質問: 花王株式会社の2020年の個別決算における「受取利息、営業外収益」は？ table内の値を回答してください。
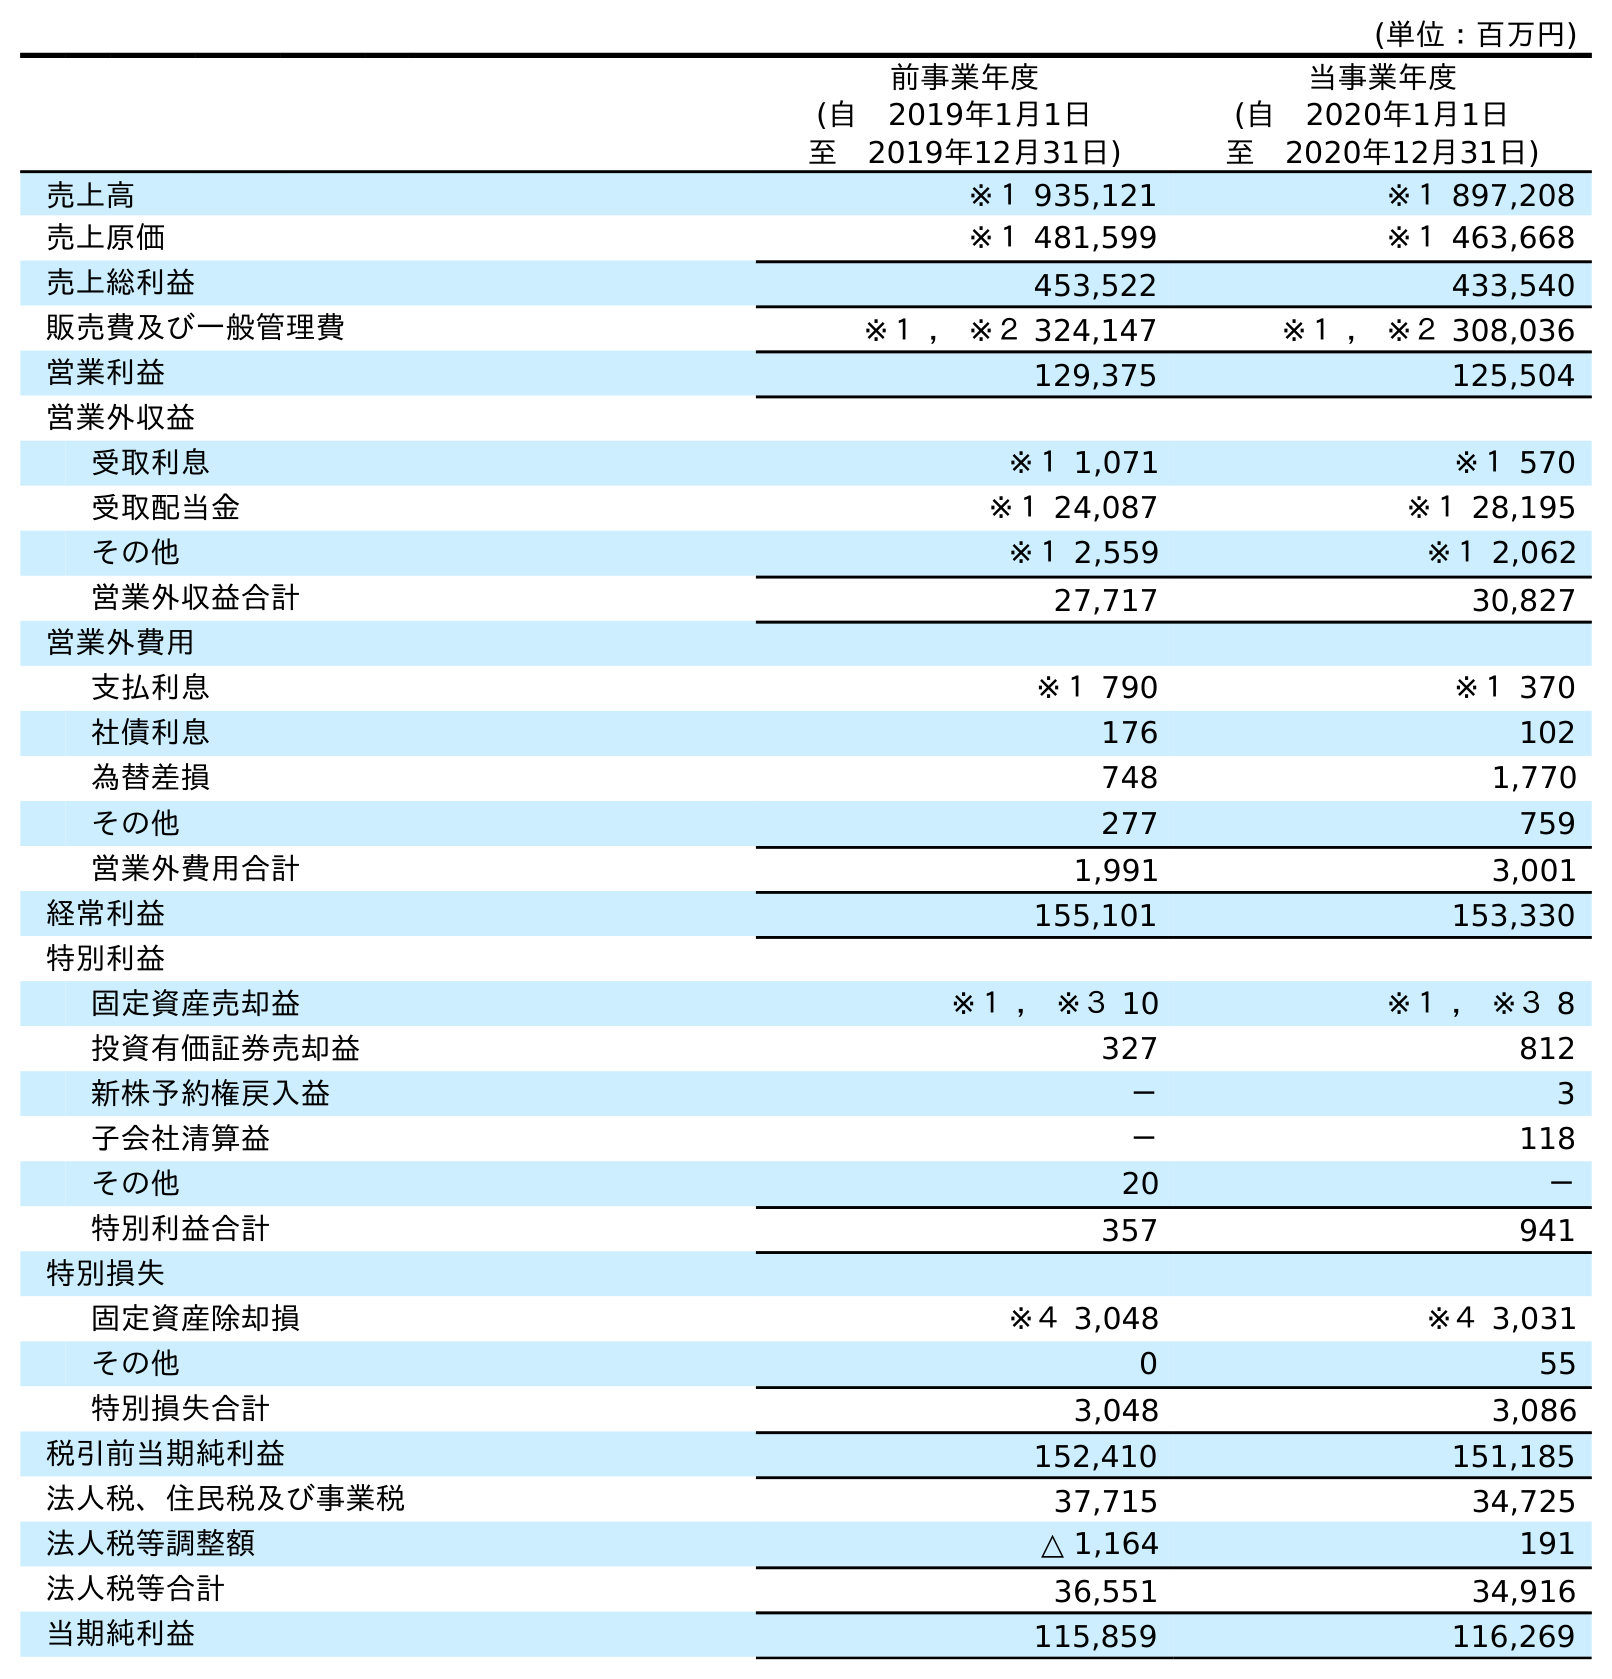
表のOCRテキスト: (単位：百万円) 前事業年度 (自 2019年1月1日 至 2019年12月31日) 当事業年度 (自 2020年1月1日 至 2020年12月31日) 売上高 ※１ 935,121 ※１ 897,208 売上原価 ※１ 481,599 ※１ 463,668 売上総利益 453,522 433,540 販売費及び一般管理費 ※１ ， ※２ 324,147 ※１ ， ※２ 308,036 営業利益 129,375 125,504 営業外収益 受取利息 ※１ 1,071 ※１ 570 受取配当金 ※１ 24,087 ※１ 28,195 その他 ※１ 2,559 ※１ 2,062 営業外収益合計 27,717 30,827 営業外費用 支払利息 ※１ 790 ※１ 370 社債利息 176 102 為替差損 748 1,770 その他 277 759 営業外費用合計 1,991 3,001 経常利益 155,101 153,330 特別利益 固定資産売却益 ※１ ， ※３ 10 ※１ ， ※３ 8 投資有価証券売却益 327 812 新株予約権戻入益 － 3 子会社清算益 － 118 その他 20 － 特別利益合計 357 941 特別損失 固定資産除却損 ※４ 3,048 ※４ 3,031 その他 0 55 特別損失合計 3,048 3,086 税引前当期純利益 152,410 151,185 法人税、住民税及び事業税 37,715 34,725 法人税等調整額 △ 1,164 191 法人税等合計 36,551 34,916 当期純利益 115,859 116,269
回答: ※１570